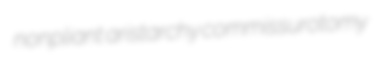
nonpliant aristarchy commissurotomy